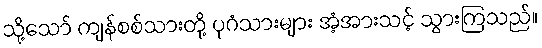
သို့သော် ကျန်စစ်သားတို့ ပုဂံသားများ အံ့အားသင့် သွားကြသည်။